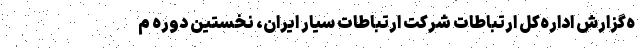
ه‌گزارش اداره‌کل ارتباطات شرکت ارتباطات سیار ایران، نخستین دوره م